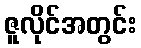
ဇူလိုင်အတွင်း